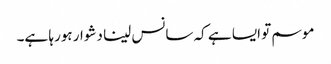
موسم تو ایسا ہے کہ سانس لینا دشوار ہورہا ہے۔